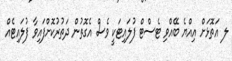
ލ އަތޮޅަށް އިއްޔެ ބޭއްވި ޓެސްޓް ފުލައިޓަކީ ވެސް އެގޮތުން ދަތުރުކޮށްފައިވާ ފުލައިޓެއް